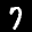
Label: 7